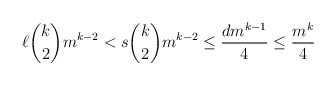
\begin{align*} \ell\binom{k}{2}m^{k-2}<s\binom{k}{2}m^{k-2}\leq \frac{dm^{k-1}}{4}\leq \frac{m^k}{4}\end{align*}